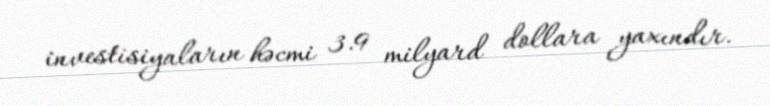
investisiyaların həcmi 3.9 milyard dollara yaxındır.